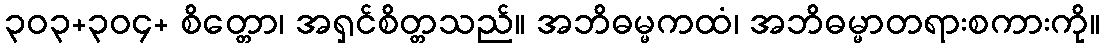
၃၀၃+၃၀၄+ စိတ္တော၊ အရှင်စိတ္တသည်။ အဘိဓမ္မကထံ၊ အဘိဓမ္မာတရားစကားကို။